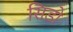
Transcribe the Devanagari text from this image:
सिडो